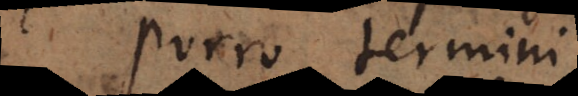
Porro termini